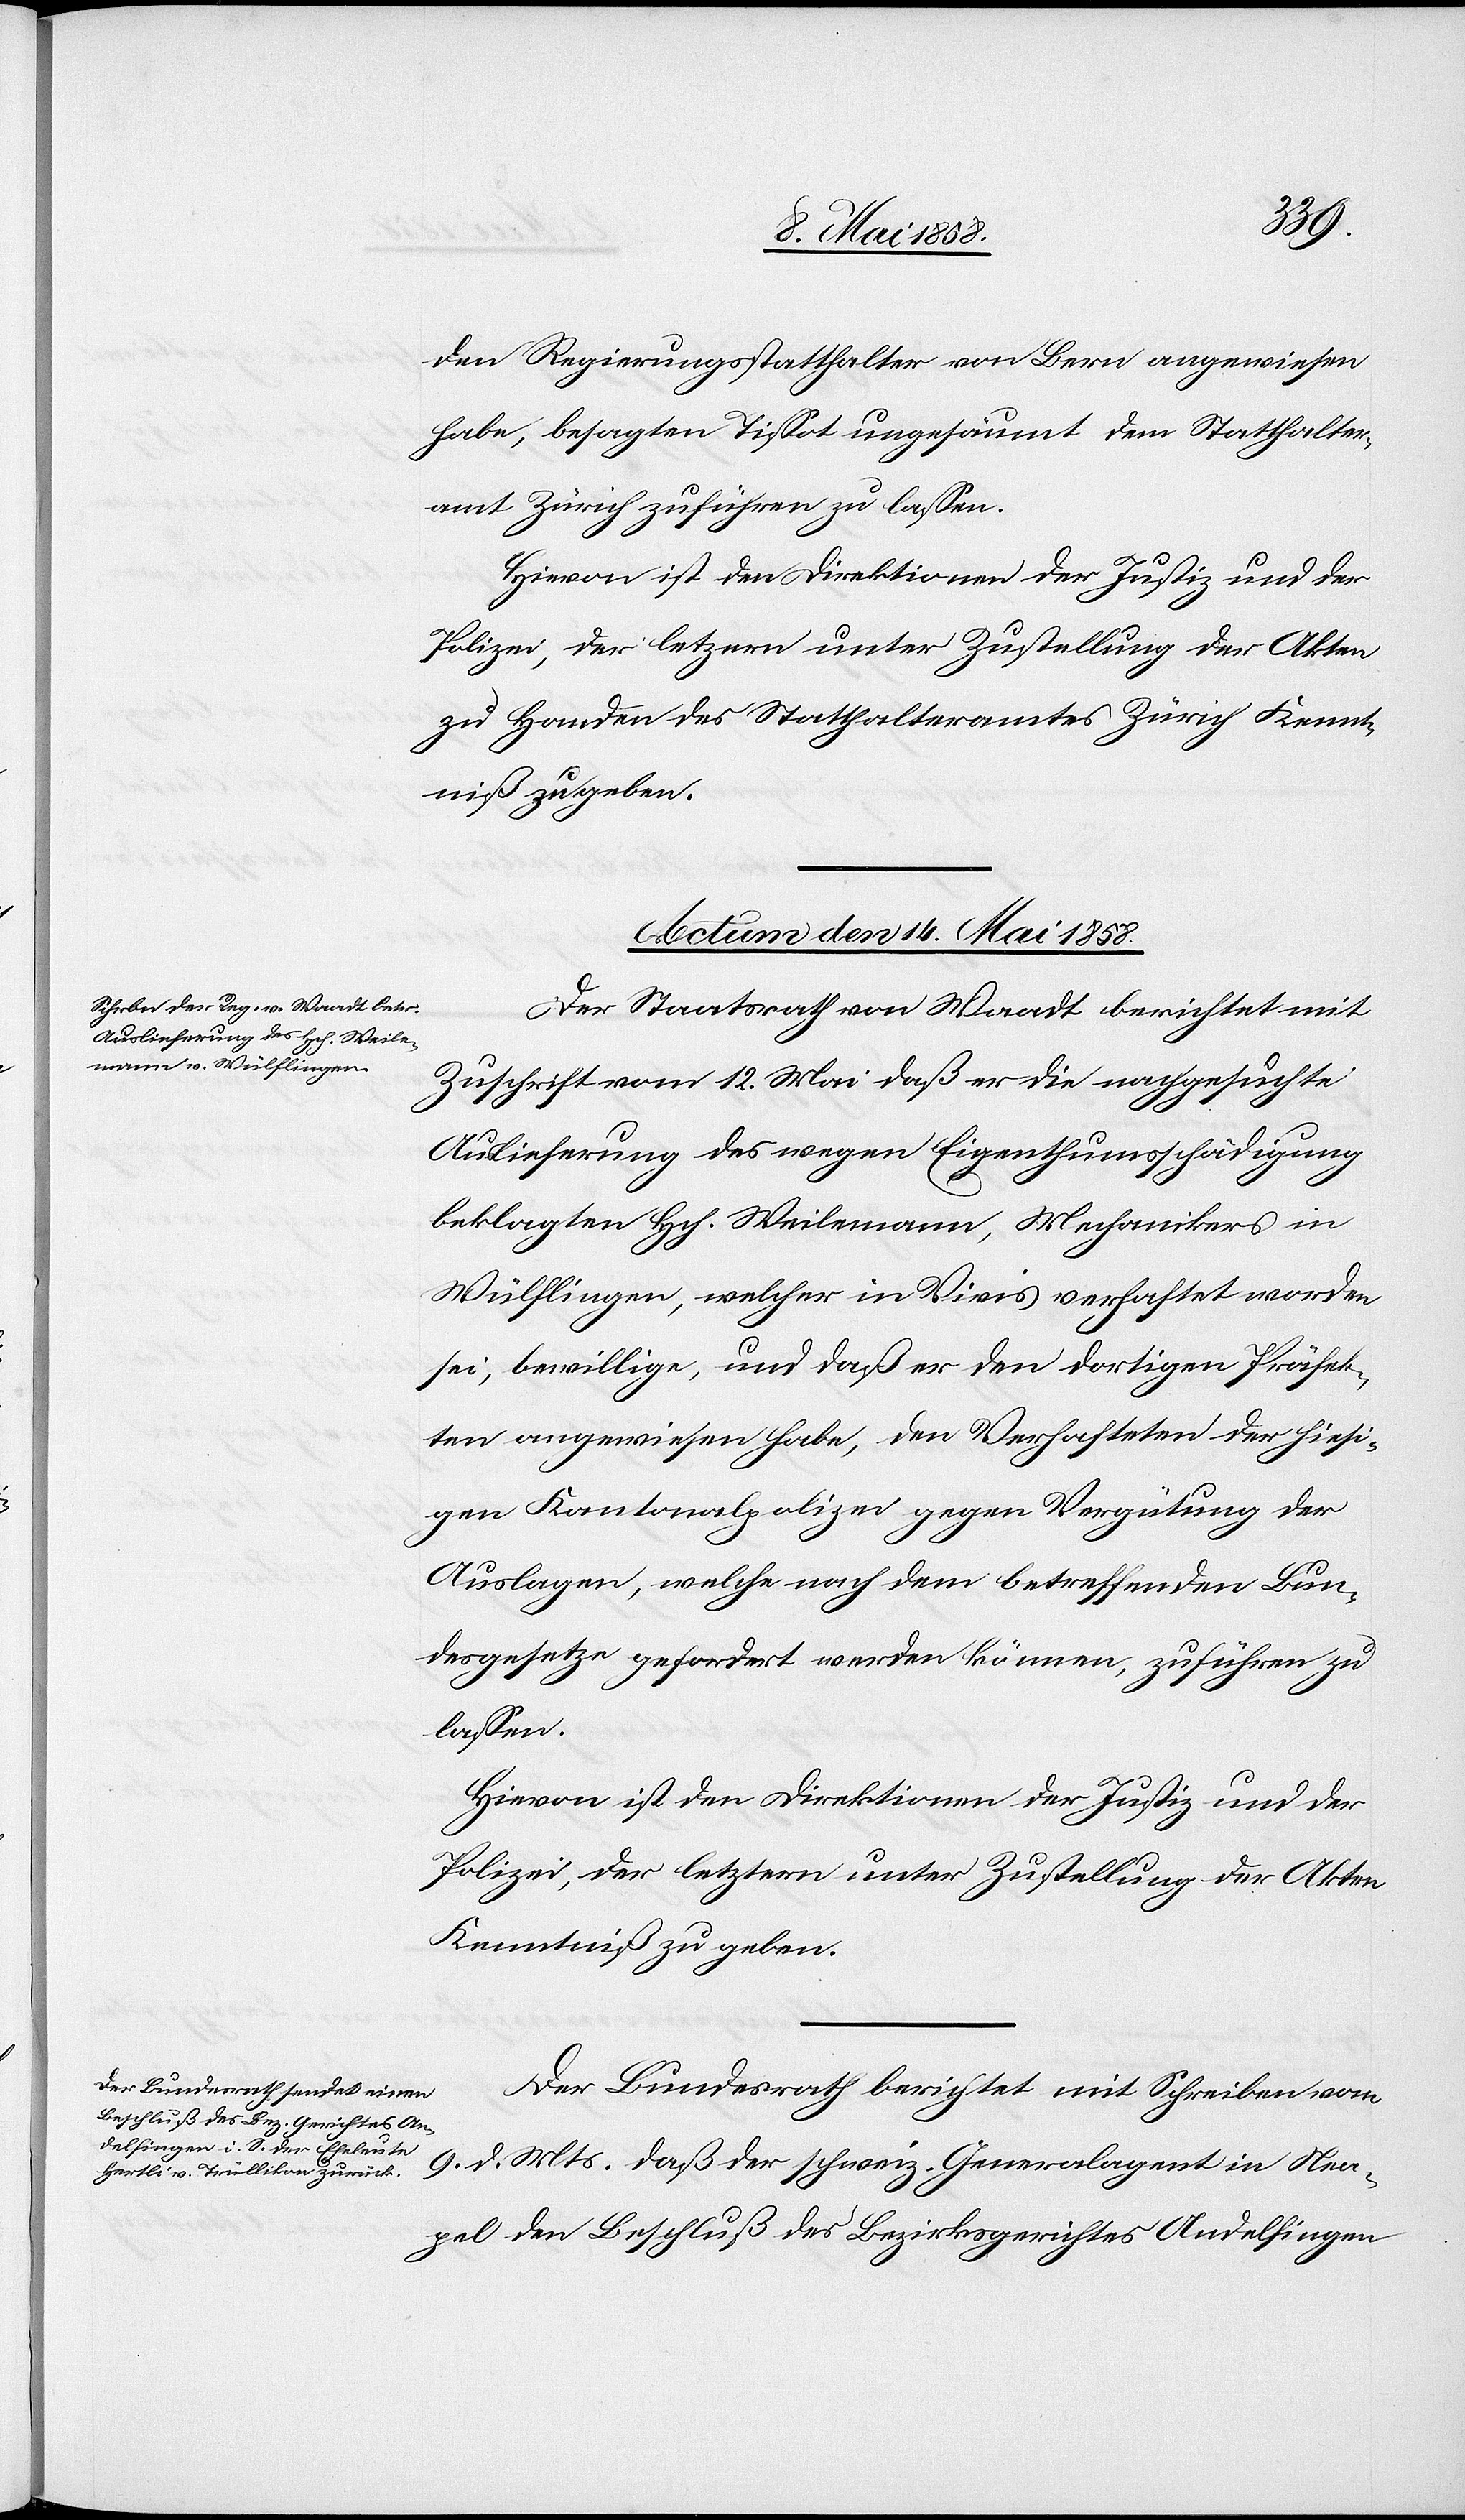
den Regierungsstatthalter von Bern angewiesen
habe, besagten Tissot ungesäumt dem Statthalter¬
amt Zürich zuführen zu lassen.
zu Handen des Statthalteramtes Zürich Kennt¬
niß zu geben.
Actum den 14. Mai 1858.]
Der Staatsrath von Waadt berichtet mit
Zuschrift vom 12. Mai daß er die nachgesuchte
Auslieferung des wegen Eigenthumsschädigung
beklagten Hch. Weilemann, Mechanikers in
Wülflingen, welcher in Vivis verhaftet worden
sei, bewillige, und daß er den dortigen Präsiden¬
ten angewiesen habe, den Verhafteten der hiesi¬
gen Kantonalpolizei gegen Vergütung der
Auslagen, welche nach dem betreffenden Bun¬
desgesetze gefordert werden können, zuführen zu
lassen.
Hievon ist den Direktionen der Justiz und der
Polizei, der letztern unter Zustellung der Akten
Kenntniß zu geben.
Der Bundesrath berichtet mit Schreiben vom
9. d. Mts. daß der schweiz. Generalagent in Nea¬
pel den Beschluß des Bezirksgerichtes Andelfingen